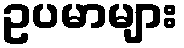
ဥပမာများ